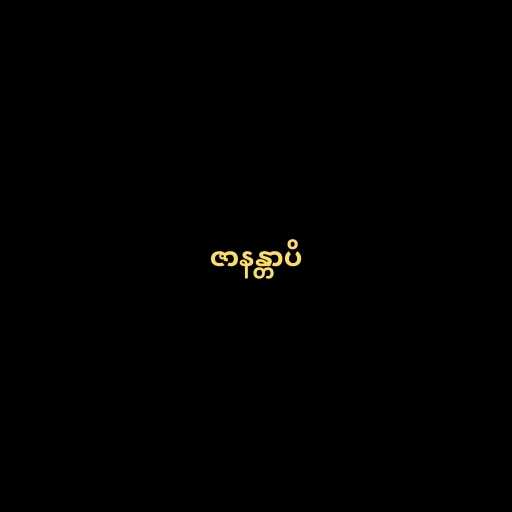
ဇာနန္တာပိ